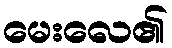
မေးလေ၏